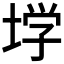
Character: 𰉽